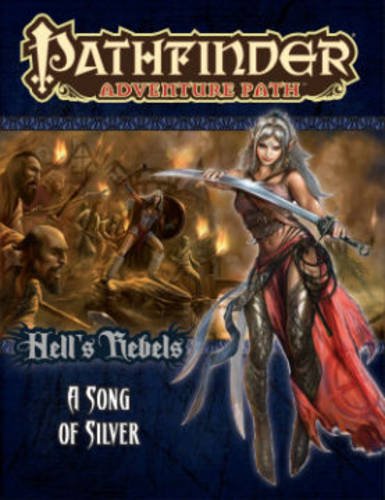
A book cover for Pathfinder Adventure Path: Hell's Rebels 4 of 6-A Song of Silver (Pathfinder Roleplaying Game); James Jacobs; Science Fiction & Fantasy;